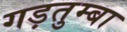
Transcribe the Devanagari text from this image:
गड़तुम्बा